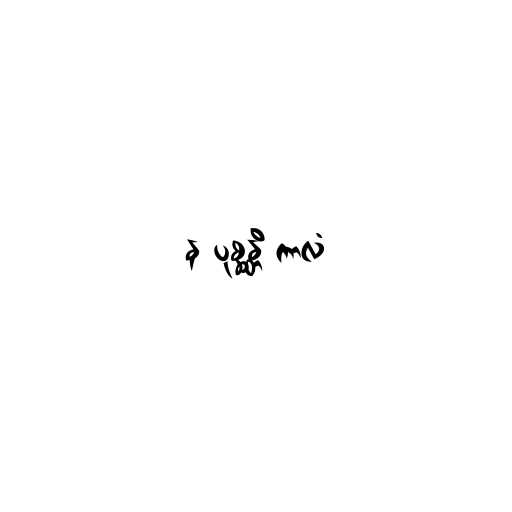
န ပုစ္ဆန္တိ ကာလံ